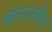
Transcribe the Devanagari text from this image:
ब्राऊनीय